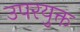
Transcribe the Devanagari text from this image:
उपरयुक्त